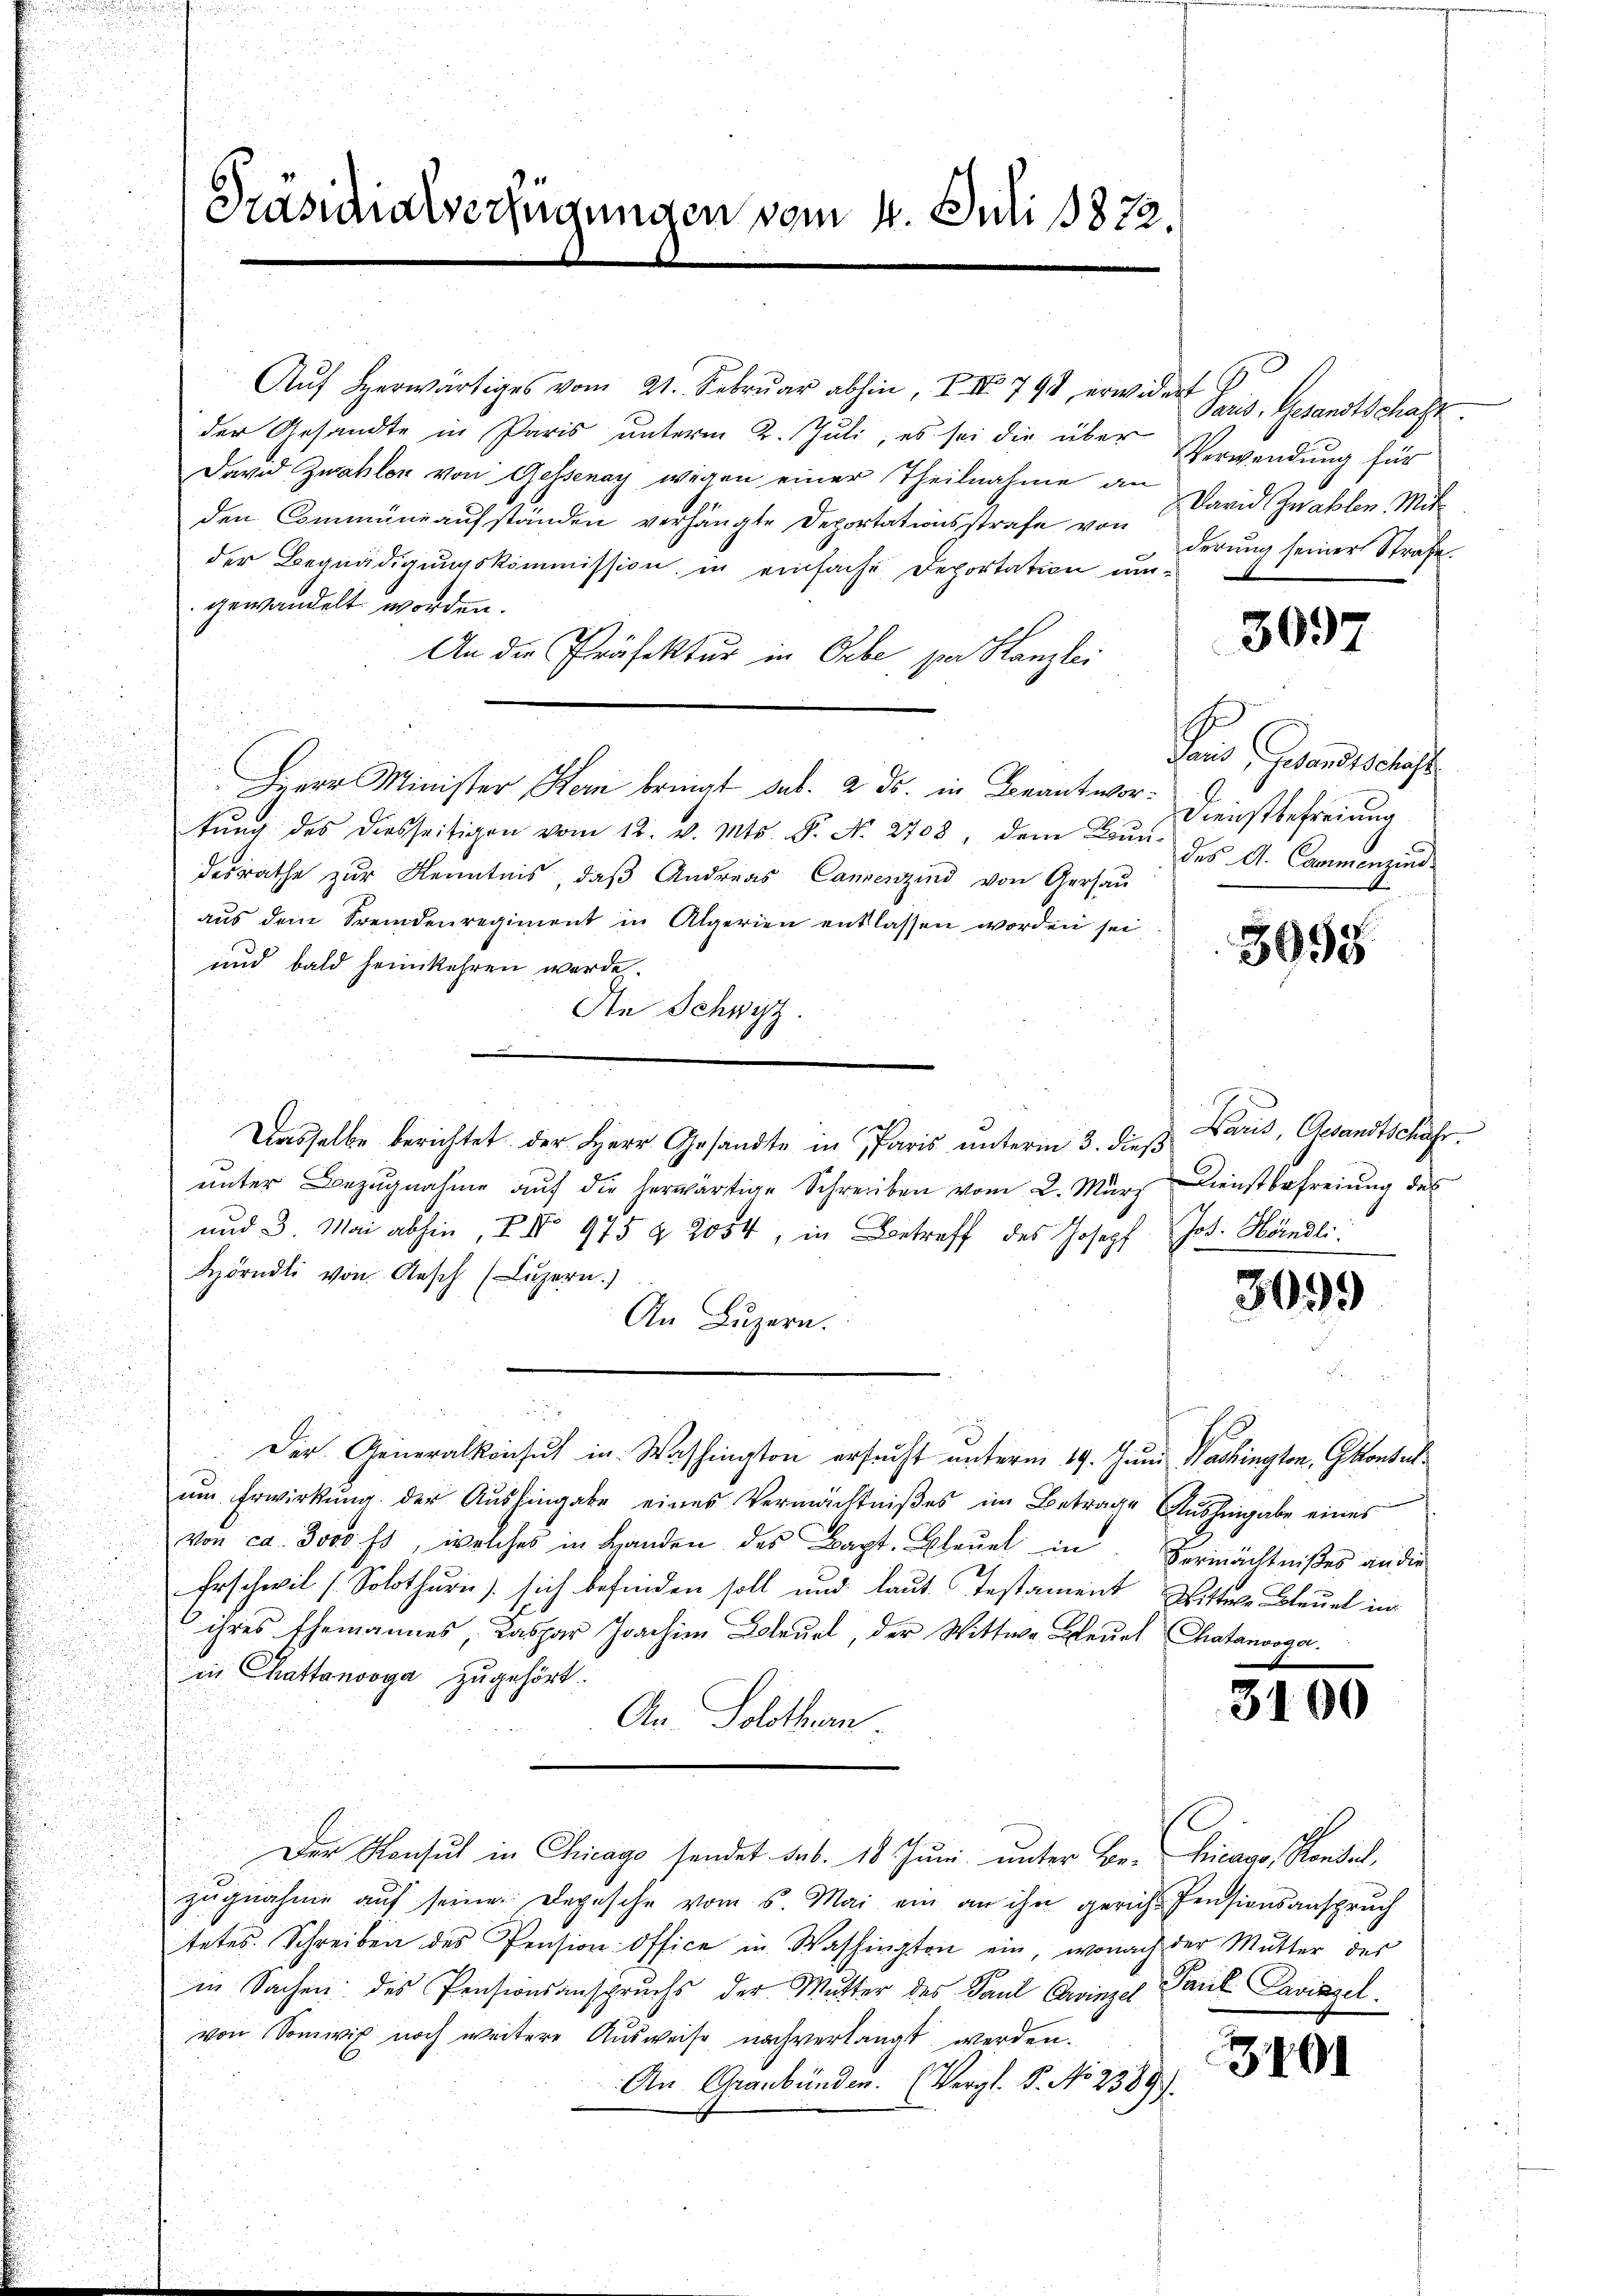
Präsidialverfügungen vom 4. Juli 1832.

Auf herwärtiges vom 21. Februar abhin, I. IV 798, erwidert
der Gesandte in Paris unterm 2. Juli, es sei die über
David Zwahlen von Gessenay wegen einer Theilnahme an
den Commüneaŭfständen verhängte Deportationsstrafe von derŭng seiner Strafe.
der Begnädigungskommission in einfache Deportation umgewandelt worden.
An die Präfektur in Orbe, par Kanzlei
Herr Minister Kern bringt sub. 2. ds. in Beantwortŭng des diesseitigen vom 12. v. Mts. S. No. 2708, dem Bun-
desrathe zur Kenntnis, daß Andreas Cammenzind von Gersau
aus dem Fremdenregiment in Algerien entlassen worden sei
und bald heimkehren werde.
An Schwyz.
e
a
Dasselbe berichtet der Herr Gesandte in Paris unterm 3. dieß
unter Bezugnahme aŭf die herwärtige Schreiben vom 2. März Dienstbefreiung des
und 3. Mai abhin, Z IV 975 & 2054, in Betreff des Joseph Jos. Händli
Hörndli von Aesch (Luzern.)
3099
An Luzern.
.
.
1
s
Der Generalkonsul in Washington ersucht unterm 19. Juni Washington, konte
ŭm Erwirkŭng der Aŭshingabe eines Vermächtniβes im Betrage Aŭshingabe eines
von ca. 3000 fr, welches in Handen des Bapt. Bleuel in Vermächtnißes an die
Erschwil (Solothurn) sich befinden soll und laut Testament Bitter Bleuel in
 ihres Ehemannes, daspar Joachim Bleuel, der Wittwe Leŭel (Chatanooga.
in hattenvoga zugehört.
3100
An Solothurn
1
Der Konsul in Chicago sendet sub. 18 Juni unter Be-hicago Rondal,
zŭgnahme aŭf seiner Depesche vom 5. Mai ein an ihn gericht Pensionsanspruch
tetes Schreiben des Pension Office in Washington ein, wonach der Mutter des
in Sachen des Pensionsanspruchs der Mutter des Paul Avinzel Paul Lavizzel.
von Somwis noch weitere Ausweise nach verlangt werden.
3401
An Graubünden. (Vergl. P. No 2389).

Verwendung für
David Zwahlen. Mit

Paris, Gesandtschaft.

3097

E
Paris, Gesandtschaft.
Dienstbefreiung
des A. Cammenzind

3698

Baris, Gesandtschäfr.